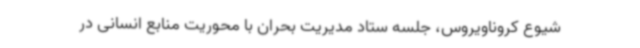
شیوع کروناویروس، جلسه ستاد مدیریت بحران با محوریت منابع انسانی در